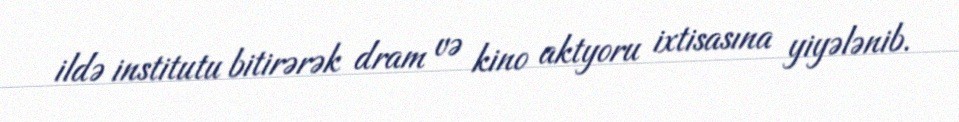
ildə institutu bitirərək dram və kino aktyoru ixtisasına yiyələnib.